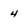
Character: 4